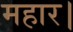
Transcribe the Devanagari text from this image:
महार।